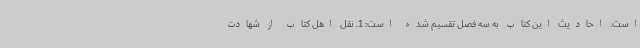
است. احادیث این کتاب به سه فصل تقسیم شده است: 1. نقل اهل کتاب از شهادت